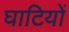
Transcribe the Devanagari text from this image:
घाटियों